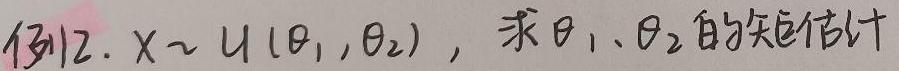
例12. $X\sim U(\theta_1,\theta_2)$，求$\theta_1$、$\theta_2$的矩估计